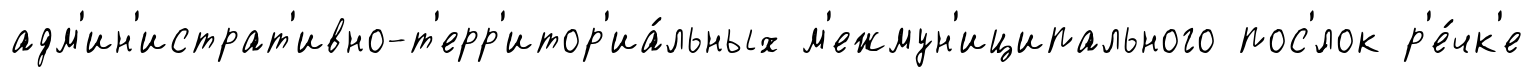
адм'ин'истрат'ивно-т'ерр'итор'иа́льных м'ежмун'иципального пос'́лок р'е́чк'е